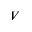
V